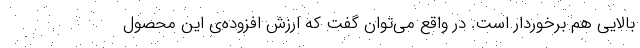
بالایی هم برخوردار است. در واقع می‌توان گفت که ارزش افزوده‌ی این محصول